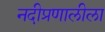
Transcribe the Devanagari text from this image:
नदीप्रणालीला